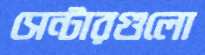
সেন্টারগুলো